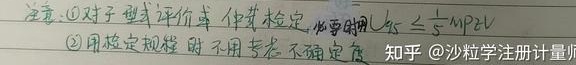
\textcircled{1}对于型式评价等仲裁检定，必要时用 \(U_{95}\leq\frac{1}{3}MPEV\)。
\textcircled{2}用检定规程时不用考虑不确定度。
知乎@沙粒学注册计量师